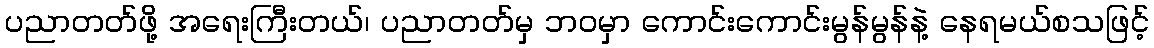
ပညာတတ်ဖို့ အရေးကြီးတယ်၊ ပညာတတ်မှ ဘဝမှာ ကောင်းကောင်းမွန်မွန်နဲ့ နေရမယ်စသဖြင့်